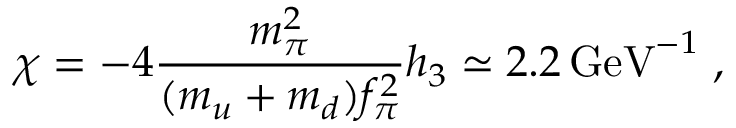
\chi = - 4 { \frac { m _ { \pi } ^ { 2 } } { ( m _ { u } + m _ { d } ) f _ { \pi } ^ { 2 } } } h _ { 3 } \simeq 2 . 2 \, \mathrm { G e V } ^ { - 1 } \; ,